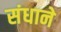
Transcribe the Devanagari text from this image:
संधाने